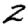
Digit: 2